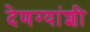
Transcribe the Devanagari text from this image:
देणग्यांशी